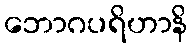
ဘောဂပရိဟာနိ